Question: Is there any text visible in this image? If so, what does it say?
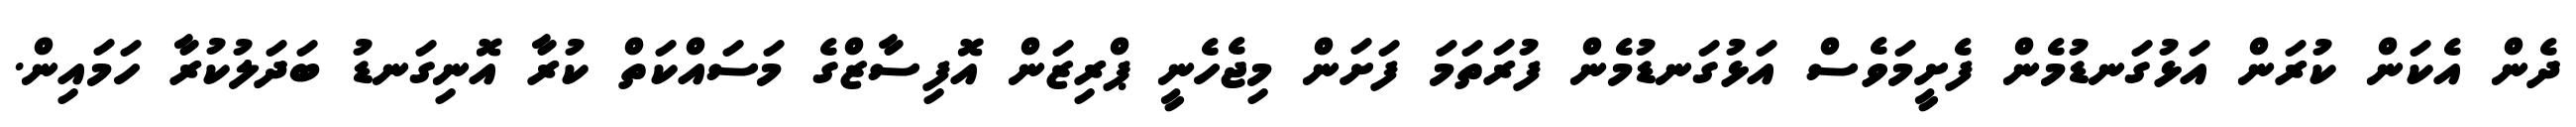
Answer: ދެން އެކަން ކުރަން އަޅުގަނޑުމެން ފެށީމަވެސް އަޅުގަނޑުމެން ފުރަތަމަ ފަށަން މިޖެހެނީ ޕްރިޒަން އޮފިސާޒްގެ މަސައްކަތް ކުރާ އޮނިގަނޑު ބަދަލުކުރާ ހަމައިން.